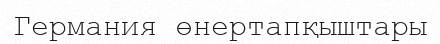
Германия өнертапқыштары